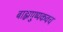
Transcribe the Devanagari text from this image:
बाह्मपुष्पकवच